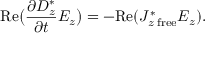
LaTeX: \mathrm { R e } \bigl ( { \frac { \partial D _ { z } ^ { * } } { \partial t } } E _ { z } \bigr ) = - \mathrm { R e } ( J _ { z \; \mathrm { f r e e } } ^ { * } E _ { z } ) .